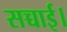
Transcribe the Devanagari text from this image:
सच्चाई।